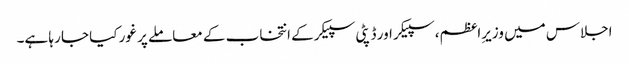
اجلاس میں وزیرِاعظم، سپیکر اور ڈپٹی سپیکر کے انتخاب کے معاملے پر غور کیا جا رہا ہے۔